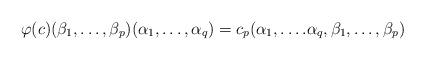
LaTeX: \begin{align*}\varphi(c)(\beta_{1}, \ldots, \beta_{p})(\alpha_{1}, \ldots, \alpha_{q}) = c_{p}(\alpha_{1}, \ldots. \alpha_{q}, \beta_{1}, \ldots, \beta_{p})\end{align*}